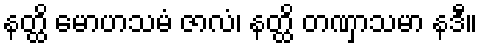
နတ္ထိ မောဟသမံ ဇာလံ၊ နတ္ထိ တဏှာသမာ နဒီ။